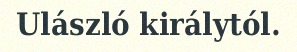
Ulászló királytól.